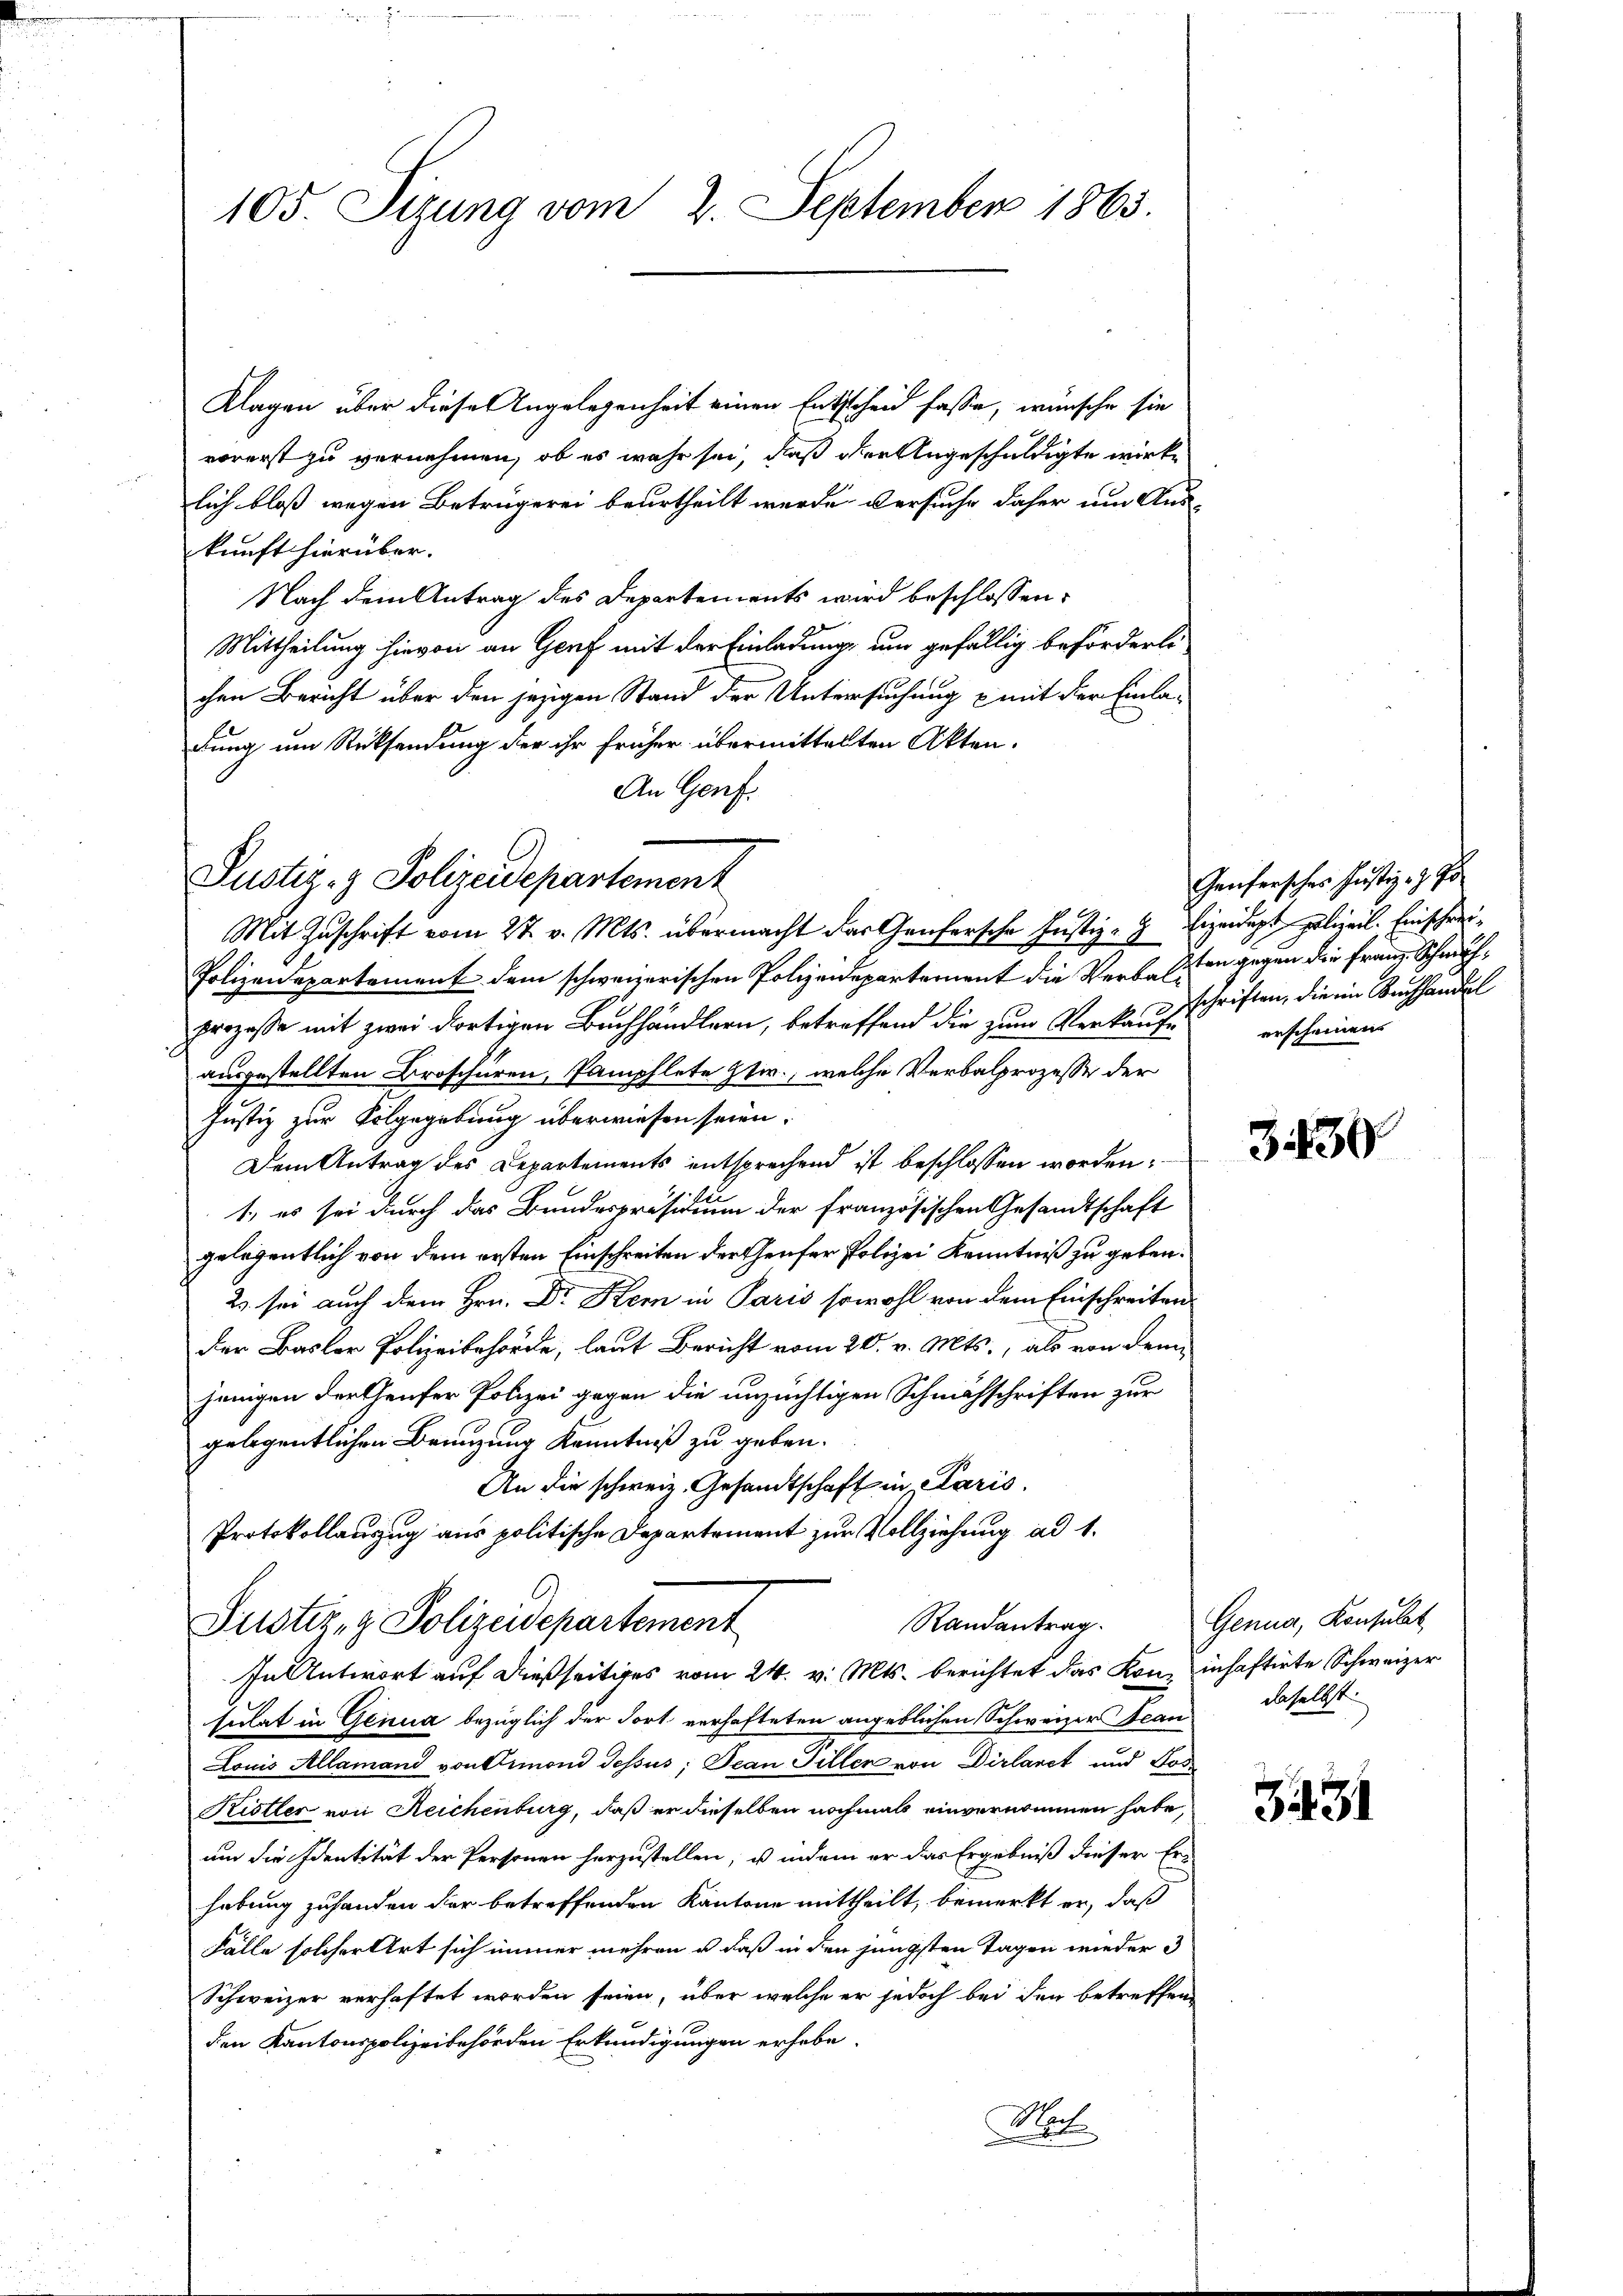
105. Sizung vom 2. September 1863.

Klagen über diese Angelegenheit einen Entscheid fasse, wünsche sie
vorerst zu vernehmen, ob es wahr sei, daß ihre Angeschuldigte wirke
lich bloß wegen Betrügerei beurtheilt werde versuche daher um Aus-
kunft hierüber.
Nach dem Antrag des Departements wird beschlossen:
Mittheilung hievon an Genf mit der Einladung, um gefällig beförderte
chen Bericht über den jezigen Stand der Untersuchung & mit der Einladung um Rücksendung der ihr früher übermittelten Akten.
An Genf.

Justiz- & Polizeidepartement
Mit Zuschrift vom 27. v. Mts. übermacht das Genfersche Justiz- Eigendept, polizeil. Einschrei¬

Polizeidepartement dem schweizerischen Polizeideparternent die Verbesten gegen die Franz Schmuf¬
Prozesse mit zwei dortigen Buchhändlern, betreffend die zum Verkaufschriften, die ein Buchhandel
ausgestellten Broschüren, Pamphlete Stir., welche Verbalprozesse der
Justiz zur Folgegebung überwiesen seien.
Dem Antrag des Departements entsprechend ist beschlossen worden;
1, es sei durch das Bundespräsidium der französischen Gesandtschaft
gelegentlich von dem ersten Einschreiten der Genfer Polizei Kenntniß zu geben.
2. sei auch dem Hrn. Dr. Kern in Paris sowohl von dem Einschreiten
der Basler Polizeibehörde, laut Bericht vom 20. v. Mts., als von dem
jenigen der Genfer Polizei gegen die unzüchtigen Schmähschriften zur
gelegentlichen Brenzung Kenntniß zu geben.
An die schweiz. Gesandtschaft in Paris.
Protokollauszug aus politische Departement zur Vollziehung ad 1.

Randantrag
Justiz- & Polizeidepartement
In Antwort auf dießseitiges vom 24. v. Mts. berichtet das Kon- inhaftirte Schweizer

sulat in Genua bezüglich der Fort verhafteten angeblichen Schweizer Scan daselbst.
Louis Allamand von Simond Tessus; Jean Piller von Dirlaret und Jos
Kistler von Reichenburg, daß er dieselben nochmals einvernommen habe,
um die Identität der Personen herzustellen, u indem er das Ergebniß dieser Erhebung zuhanden der betreffenden Kantone mittheilt, bemerkt er, daß
Fälle solcher Art sich immer mehren u. daß in den jüngsten Tagen wieder 3
Schweizer verhaftet worden seien, über welche er jedoch bei den betreffen
den Kantonspolizeibehörden Erkundigungen erhabe.
Mach

Genfersches Justiz- & Po
erscheinen

3.439

Genua, Konsulat

3431